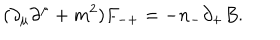
( { \partial } _ { \mu } { \partial } ^ { \mu } + m ^ { 2 } ) F _ { - + } = - n _ { - } { \partial } _ { + } B .